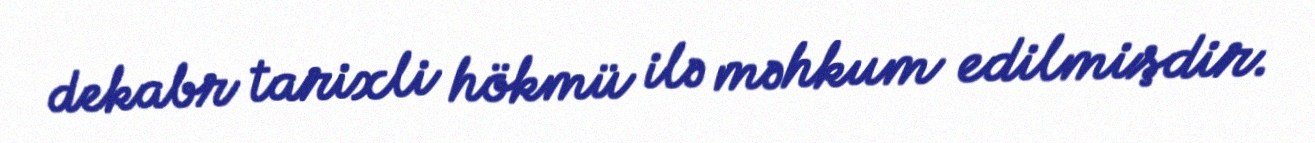
dekabr tarixli hökmü ilə məhkum edilmişdir.